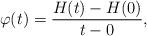
LaTeX: \begin{align*}\varphi(t)=\frac{H(t)-H(0)}{t-0},\end{align*}